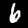
Label: 6